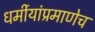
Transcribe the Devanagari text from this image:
धर्मीयांप्रमाणेच